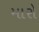
મારો